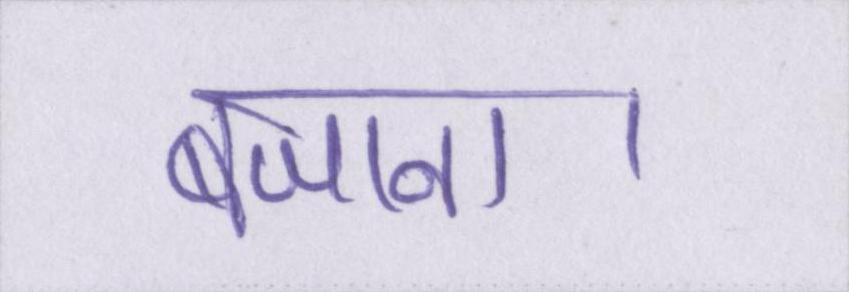
बजाना।